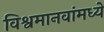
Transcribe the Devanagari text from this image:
विश्वमानवांमध्ये